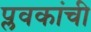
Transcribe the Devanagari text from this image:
प्लवकांची